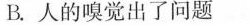
B.人的嗅觉出了问题